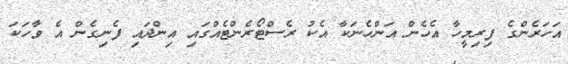
އަހަރެންގެ ފިރިމީހާ އެހެން އަންހެނަކާ އެކު ރެސްޓޯރެންޓެއްގައި އިންދައި ފެނިގެން އެ ވާހަކަ